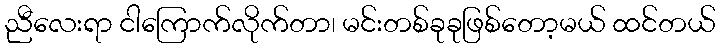
ညီလေးရာ ငါကြောက်လိုက်တာ၊ မင်းတစ်ခုခုဖြစ်တော့မယ် ထင်တယ်